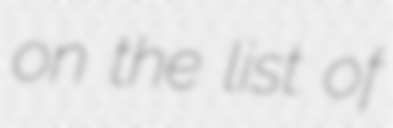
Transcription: on the list of